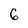
Character: 6